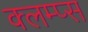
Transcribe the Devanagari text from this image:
क्लम्प्स